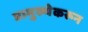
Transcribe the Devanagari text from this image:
प्रामुख्येकरून